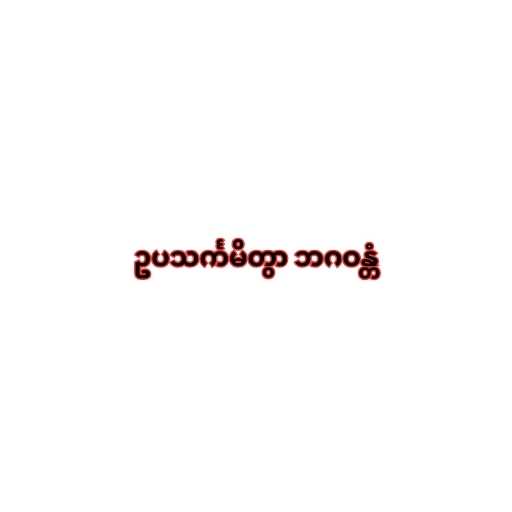
ဥပသင်္ကမိတွာ ဘဂဝန္တံ